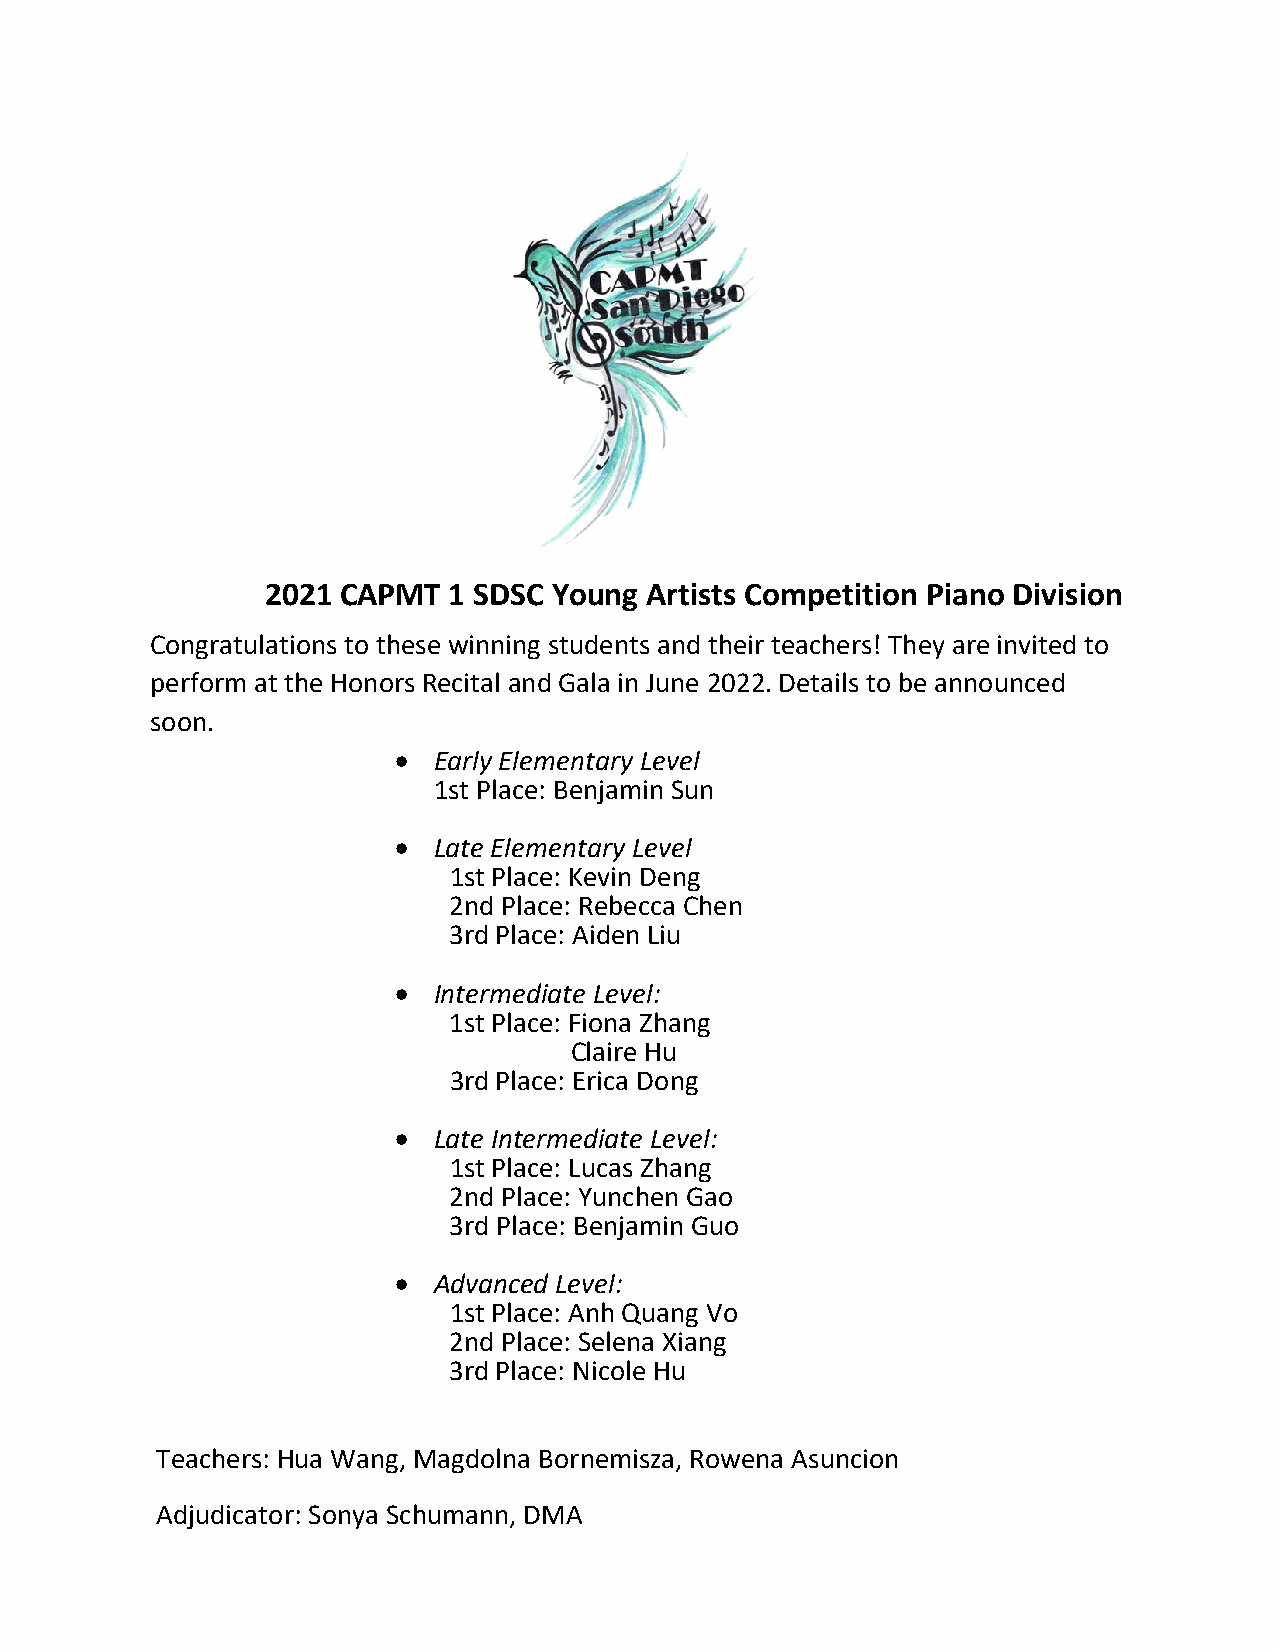
2021 CAPMT  1 SDSC Young Artists Competition Piano Division
 Congratulations to these winning students and their teachers! They are invited to
 perform at the Honors Recital and Gala in June 2022. Details to be announced
 soon.
 •  Early Elementary Level
 1st Place: Benjamin Sun
 •  Late Elementary Level
 1st Place: Kevin Deng
 2nd Place: Rebecca Chen
 3rd Place: Aiden Liu
 •  Intermediate Level:
 1st Place: Fiona Zhang
 Claire Hu
 3rd Place: Erica Dong
 •  Late Intermediate Level:
 1st Place: Lucas Zhang
 2nd Place: Yunchen Gao
 3rd Place: Benjamin Guo
 •  Advanced Level:
 1st Place: Anh Quang Vo
 2nd Place: Selena Xiang
 3rd Place: Nicole Hu
 Teachers: Hua Wang, Magdolna Bornemisza, Rowena Asuncion
 Adjudicator: Sonya Schumann, DMA